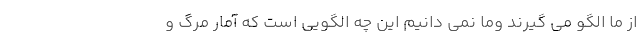
از ما الگو می گیرند وما نمی دانیم این چه الگویی است که آمار مرگ و